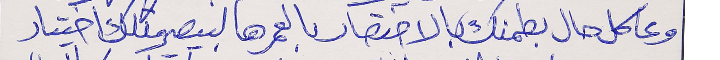
وعاكل حال بطمنك بالاختصار      بالعمر هالبيصير متلك اختيار